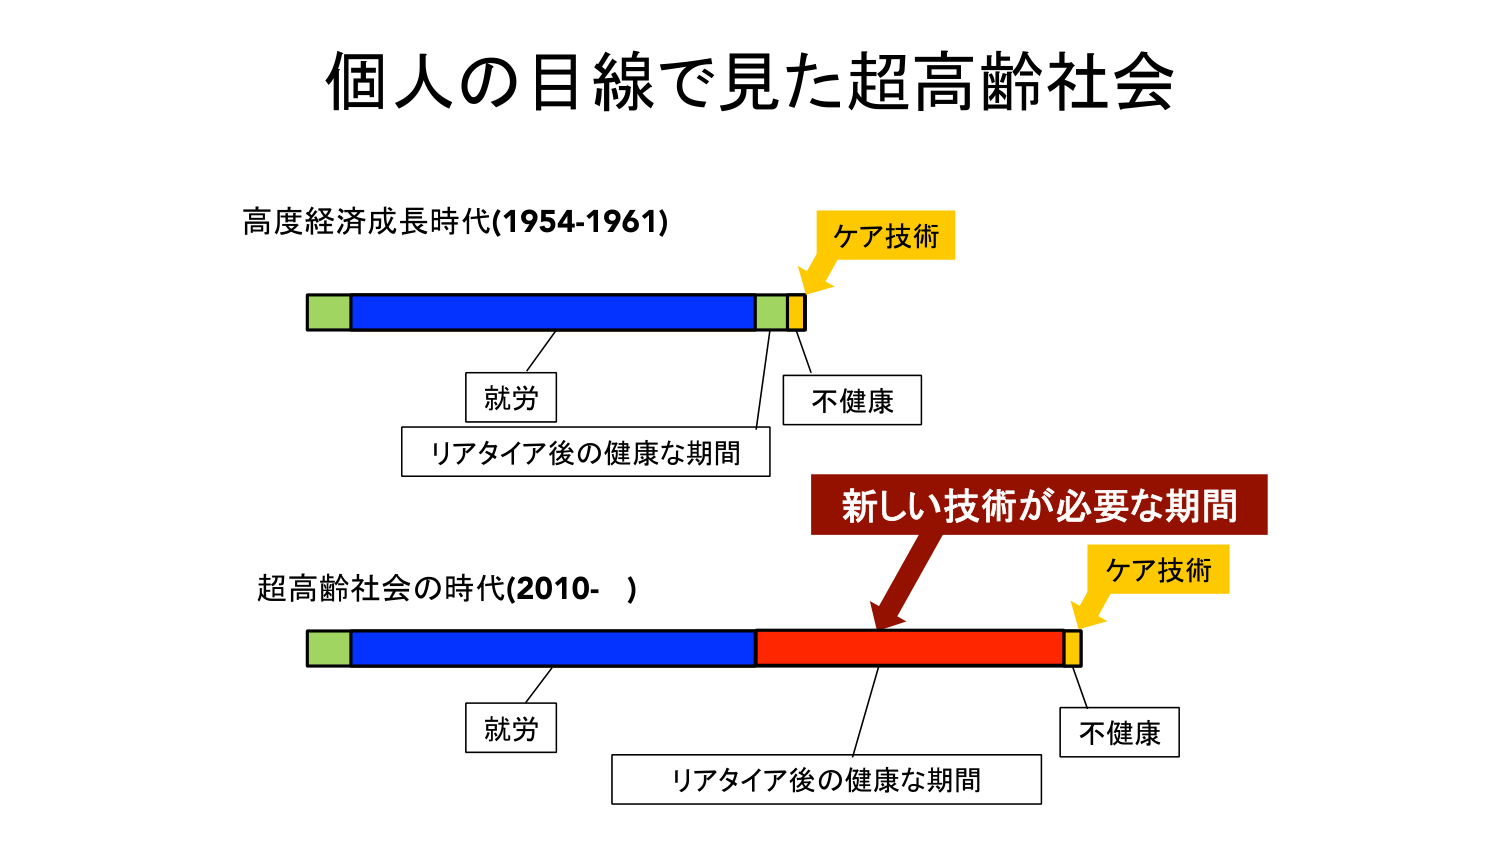
個人の目線で見た超高齢社会

高度経済成長時代(1954-1961)
ケア技術
就労
不健康
リアタイア後の健康な期間

超高齢社会の時代(2010- )
新しい技術が必要な期間
ケア技術
就労
不健康
リアタイア後の健康な期間